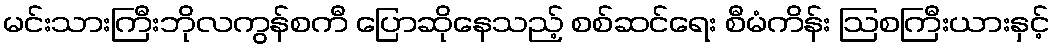
မင်းသားကြီးဘိုလကွန်စကီ ပြောဆိုနေသည့် စစ်ဆင်ရေး စီမံကိန်း ဩစကြီးယားနှင့်